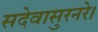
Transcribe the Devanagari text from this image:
सदेवासुरनरे।